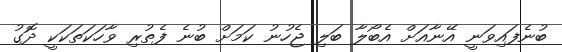
ބުނެފައިވަނީ އޭނާއަށް އެބޯލާ ބަލި ޖެހުނު ކަމަށް ބުނެ ފެތުރި ވާހަކަތަކަކީ ދޮގު